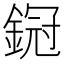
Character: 𨩶